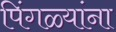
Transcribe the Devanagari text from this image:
पिंगळ्यांना